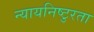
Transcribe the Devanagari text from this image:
न्यायनिष्टुरता